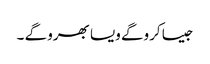
جیسا کروگے ویسا بھرو گے ۔